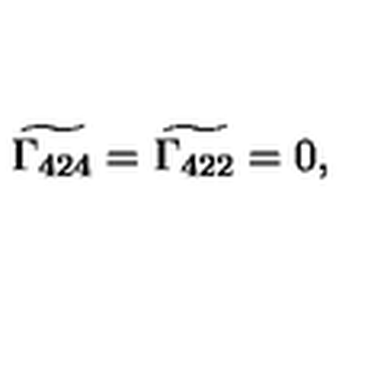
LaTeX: \widetilde { \Gamma _ { 4 2 4 } } = \widetilde { \Gamma _ { 4 2 2 } } = 0 ,